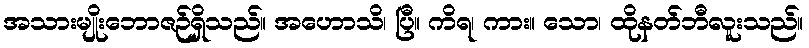
အသားမျိုးဘောဇဉ်ရှိသည်။ အဟောသိ၊ ပြီ။ ကိရ၊ ကား။ သော၊ ထိုနတ်ဘီလူးသည်။